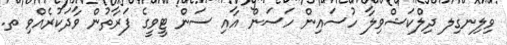
ވިލިނގިލ ދިލްކަޝްވިލާ ހުސައިން ހަސަން އާއި ސަން ޓީވީގެ ފަރާތުން ވާދަކުރެއްވި ތ.